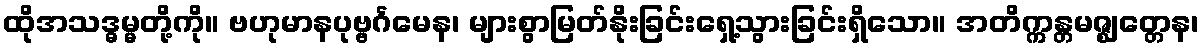
ထိုအသဒ္ဓမ္မတို့ကို။ ဗဟုမာနပုဗ္ဗင်္ဂမေန၊ များစွာမြတ်နိုးခြင်းရှေ့သွားခြင်းရှိသော။ အတိက္ကန္တမဇ္ဈတ္တေန၊